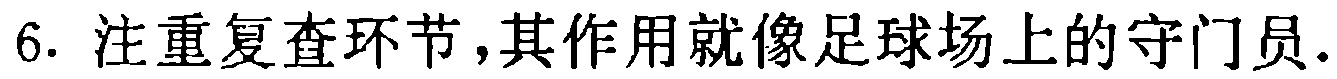
下面是证明过的这一部分的非形式化表达形式：